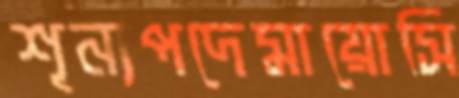
শূন্যপদেমায়োসি